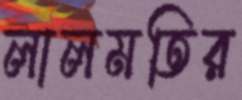
লালমতির